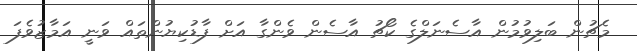
މެޗުން ބަލިވުމުން އާސެނަލްގެ ކޯޗު އާސެން ވެންގާ އަށް ފާޑުކިޔުންތައް ވަނީ އަމާޒުވެފަ